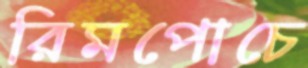
রিমপোচে